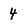
Character: 4